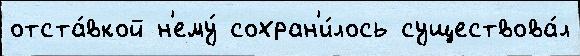
отста́вкой н'ему́ сохран'и́лось существова́л